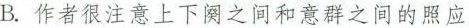
B.作者很注意上下阕之间和意群之间的照应